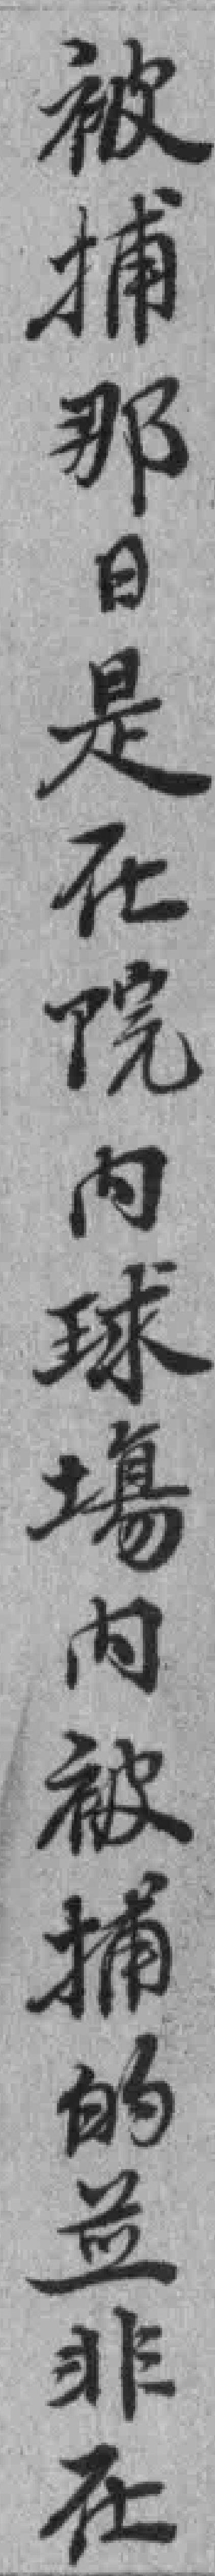
被捕那日是在院内球場内被捕的並非在